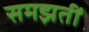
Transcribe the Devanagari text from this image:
समझतीं